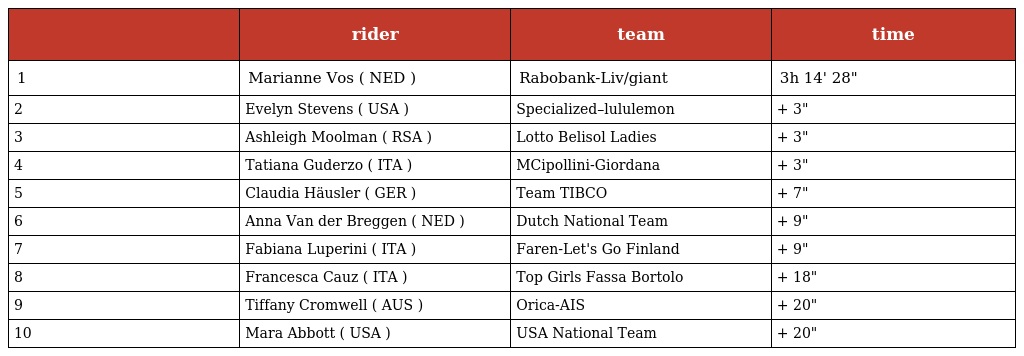
|  | rider | team | time |
 | --- | --- | --- | --- |
 | 1 | Marianne Vos ( NED ) | Rabobank-Liv/giant | 3h 14' 28" |
 | 2 | Evelyn Stevens ( USA ) | Specialized–lululemon | + 3" |
 | 3 | Ashleigh Moolman ( RSA ) | Lotto Belisol Ladies | + 3" |
 | 4 | Tatiana Guderzo ( ITA ) | MCipollini-Giordana | + 3" |
 | 5 | Claudia Häusler ( GER ) | Team TIBCO | + 7" |
 | 6 | Anna Van der Breggen ( NED ) | Dutch National Team | + 9" |
 | 7 | Fabiana Luperini ( ITA ) | Faren-Let's Go Finland | + 9" |
 | 8 | Francesca Cauz ( ITA ) | Top Girls Fassa Bortolo | + 18" |
 | 9 | Tiffany Cromwell ( AUS ) | Orica-AIS | + 20" |
 | 10 | Mara Abbott ( USA ) | USA National Team | + 20" |